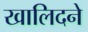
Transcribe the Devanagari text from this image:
खालिदने